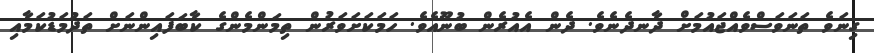
ގިނަވެ ތަނަވަސްވެއްޖައުމަށް ދާނދެނެވެ. ދެން އެއުރެން ބުނޫއެވެ. ހަމަކަށަވަރުން ތިމަންމެންގެ ކާބަފައިންނަށް ތަދުމަޑުކަމާއި